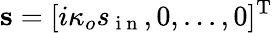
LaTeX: \textbf{s}=[i\kappa_{o}s_{\mathrm{~i~n~}},0,...,0]^{\mathrm{T}}